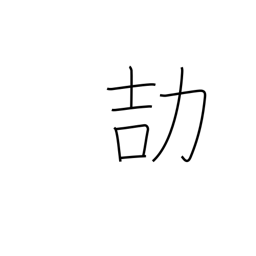
Meaning: be careful